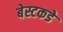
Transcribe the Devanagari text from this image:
बेस्टकडे